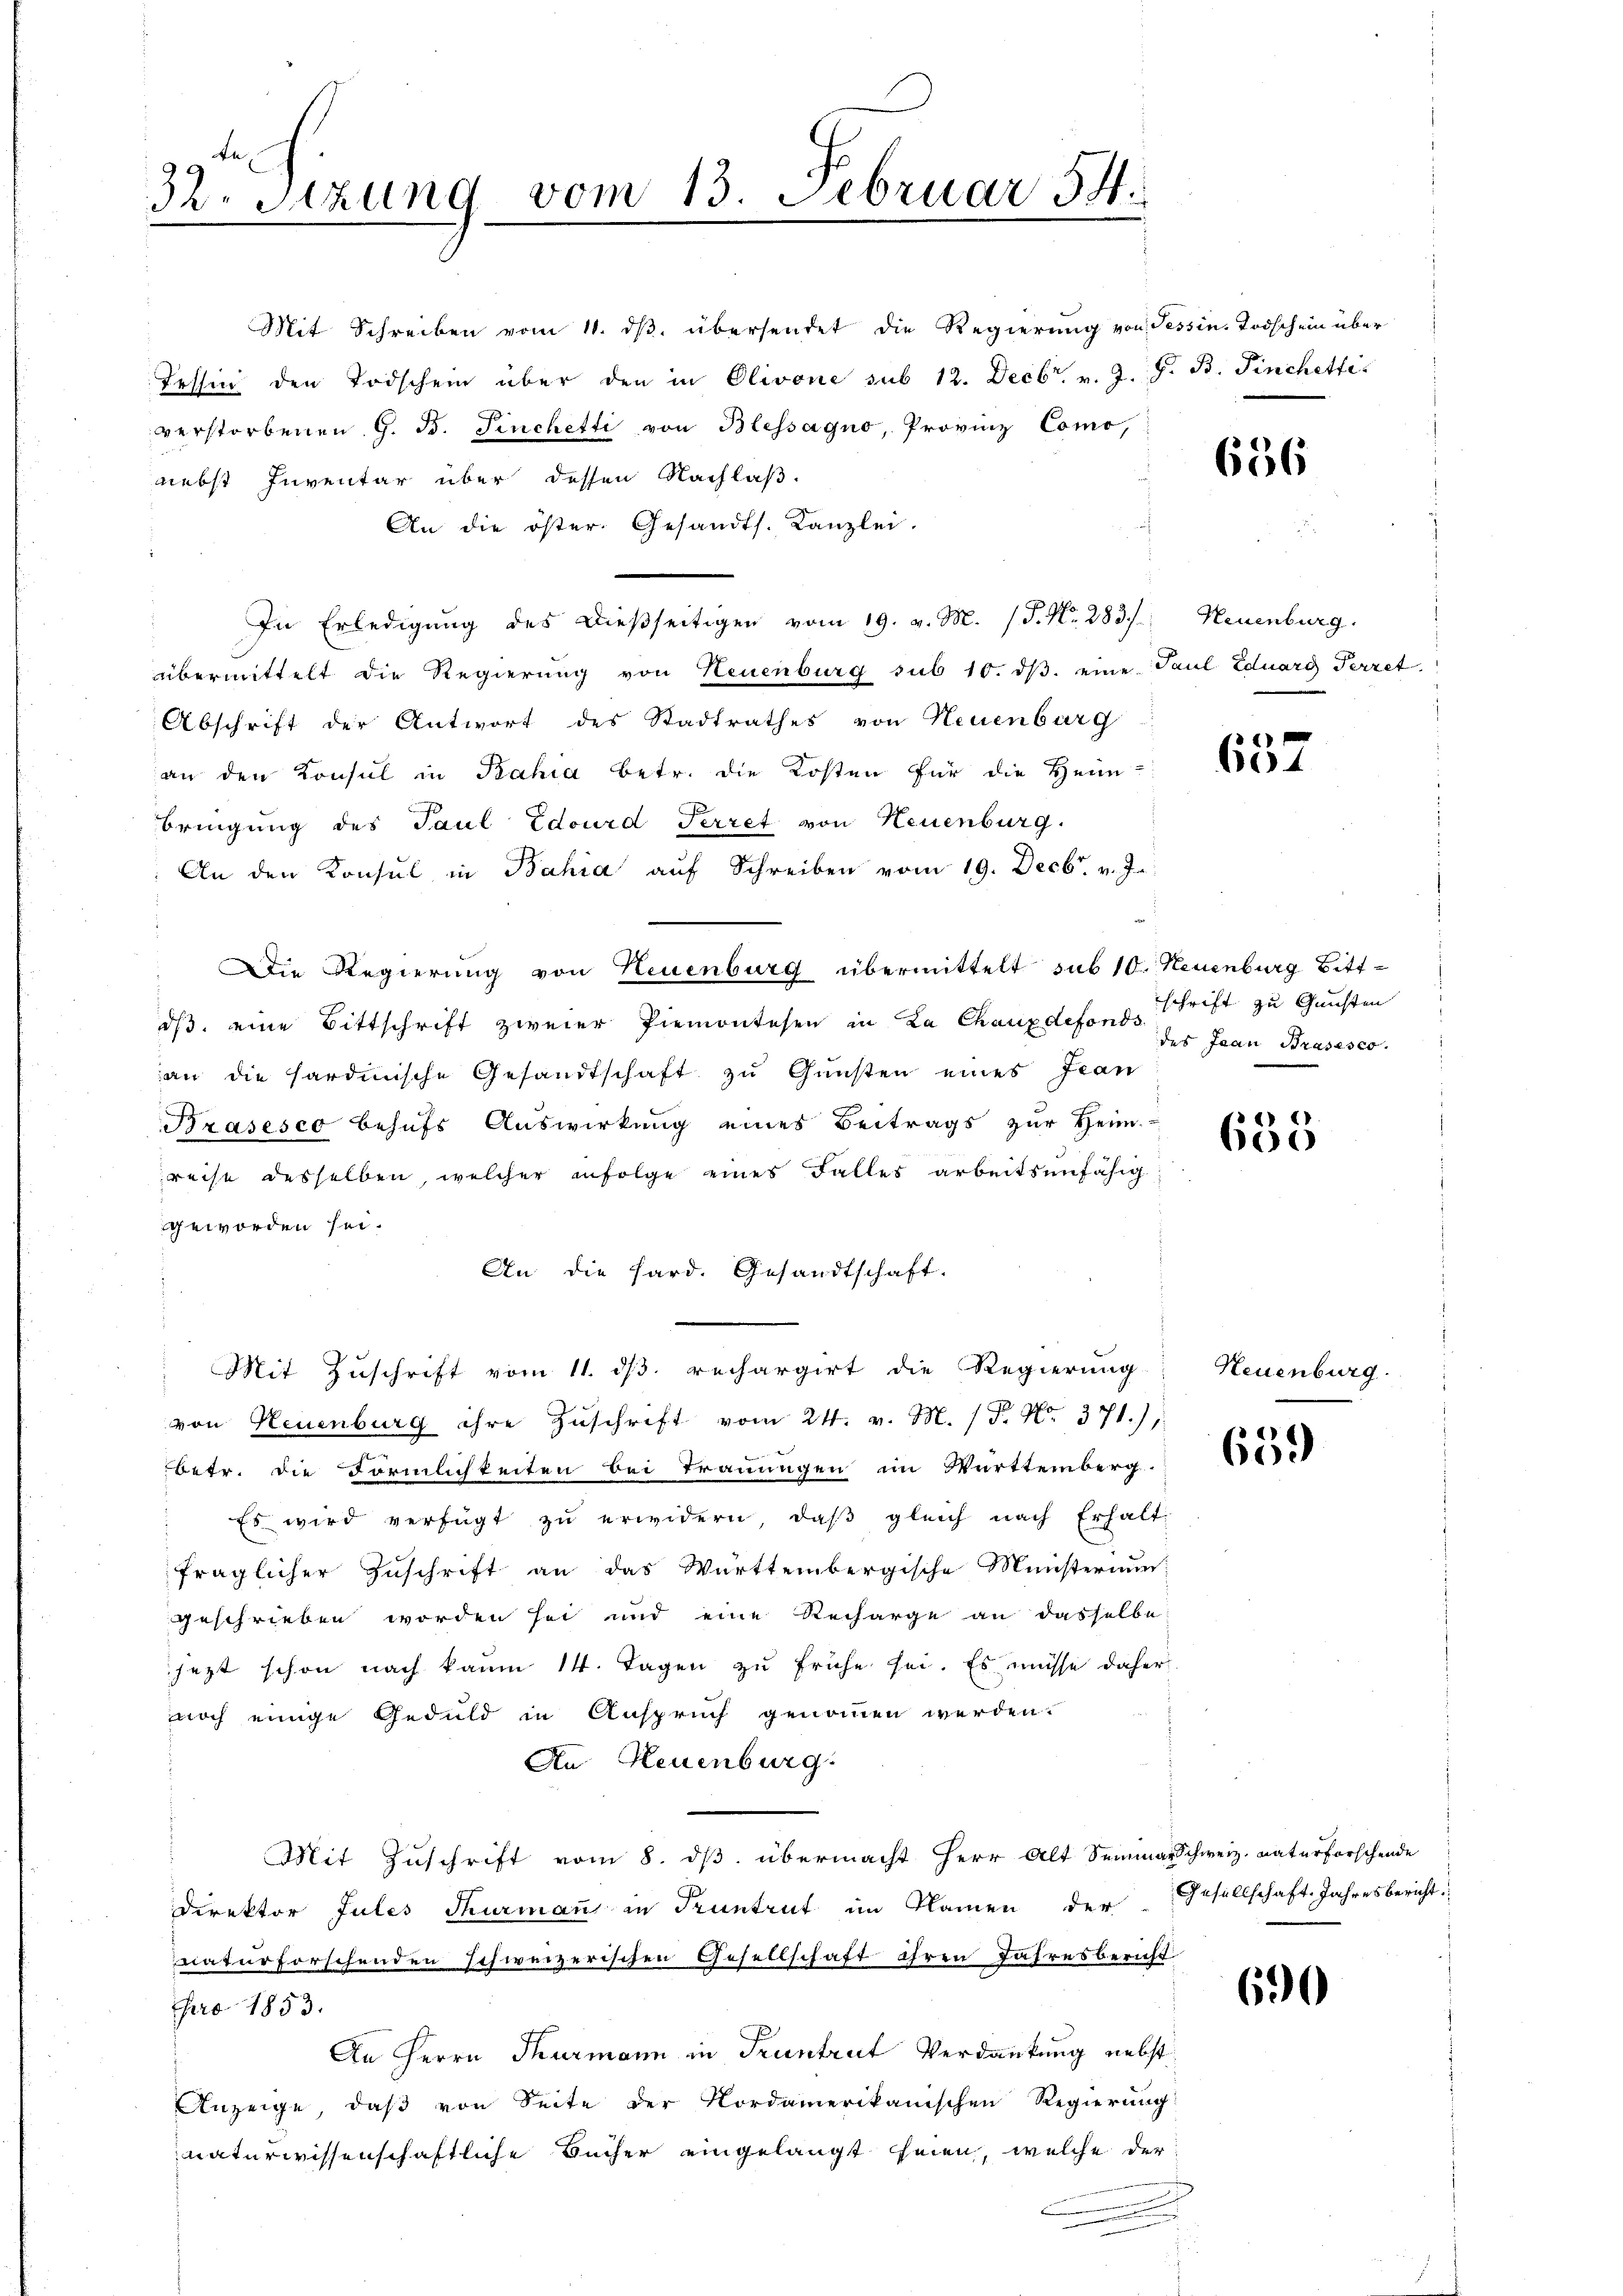
32. Sitzung vom 13. Februar 54.

Mit Schreiben vom 11. ds. übersendet die Regierung von Tessin, Todschein über
Tessin den Todschein über den in Olivone sub 12. Decbr. v. J. J. B. Finchetti
verstorbenen G. B. Sinchetti von Blessagno, Provinz Como,
nebst Inventar über dessen Nachlaß.
An die öster. Gesandts. Kanzlei.
In Erledigŭng des dießseitigen vom 19. v. M. (T. N. 283) Neuenburg.
übermittelt die Regierung von Neuenburg sub 10. dβ. eine Paul Eduard Perret
Abschrift der Antwort des Stadtrathes von Neuenburg
an den Konsul in Bahia betr. die Kosten für die Heim
bringung des Paul Edourd Perret von Neuenburg.
: An den Konsul in Bahia auf Schreiben vom 19. Decbr. v. J.
Die Regierung von Neuenburg übermittelt sub 10. Neuenburg Bittds, eine Bittschrift zweier Piemontesen in La Chauxdefons Schrift zu Gunsten
an die hardinische Gesandtschaft zu Gunsten eines Fran
Brasesco behufs Auswirkung eines Beitrags zur Heim
reise desselben, welcher infolge eines Falles arbeitsunfähig
geworden sei.
An die hard. Gesandtschaft.
Mit Zuschrift vom 11. dβ. rechargirt die Regierung
von Neuenburg ihre Zŭschrift vom 24. v. M. /F. No. 371.)
betr. die Förmlichkeiten bei Trauungen im Württemberg-
Es wird verfügt zŭ erwidern, daβ gleich nach Erhalt
fraglicher Zuschrift an das Württembergische Ministerium
geschrieben worden sei und eine Recharge an dasselbe
jezt schon nach kaum 14. Tagen zu frühe sei. Es müsse daher
noch einige Geduld in Anspruch genommen werden.
An Neuenburg.
Mit Zuschrift vom 8. ds. übermacht Herr Alt Seimarschweiz. naturforschende
Direktor Jules Thurmann in Pruntrut im Namen der Gesellschaft Jahresbericht
naturforschenden schweizerischen Gesellschaft ihren Jahresbericht
pro 1853.
An Herrn Thurmann in Truntrut Verdankung nebst
Anzeige, daß von Seite der Nordamerikanischen Regierung
naturwissenschaftliche Bücher eingelangt seien, welche der
.

656

1
654

des Jean Brasises.

635

Neuenburg

659

690